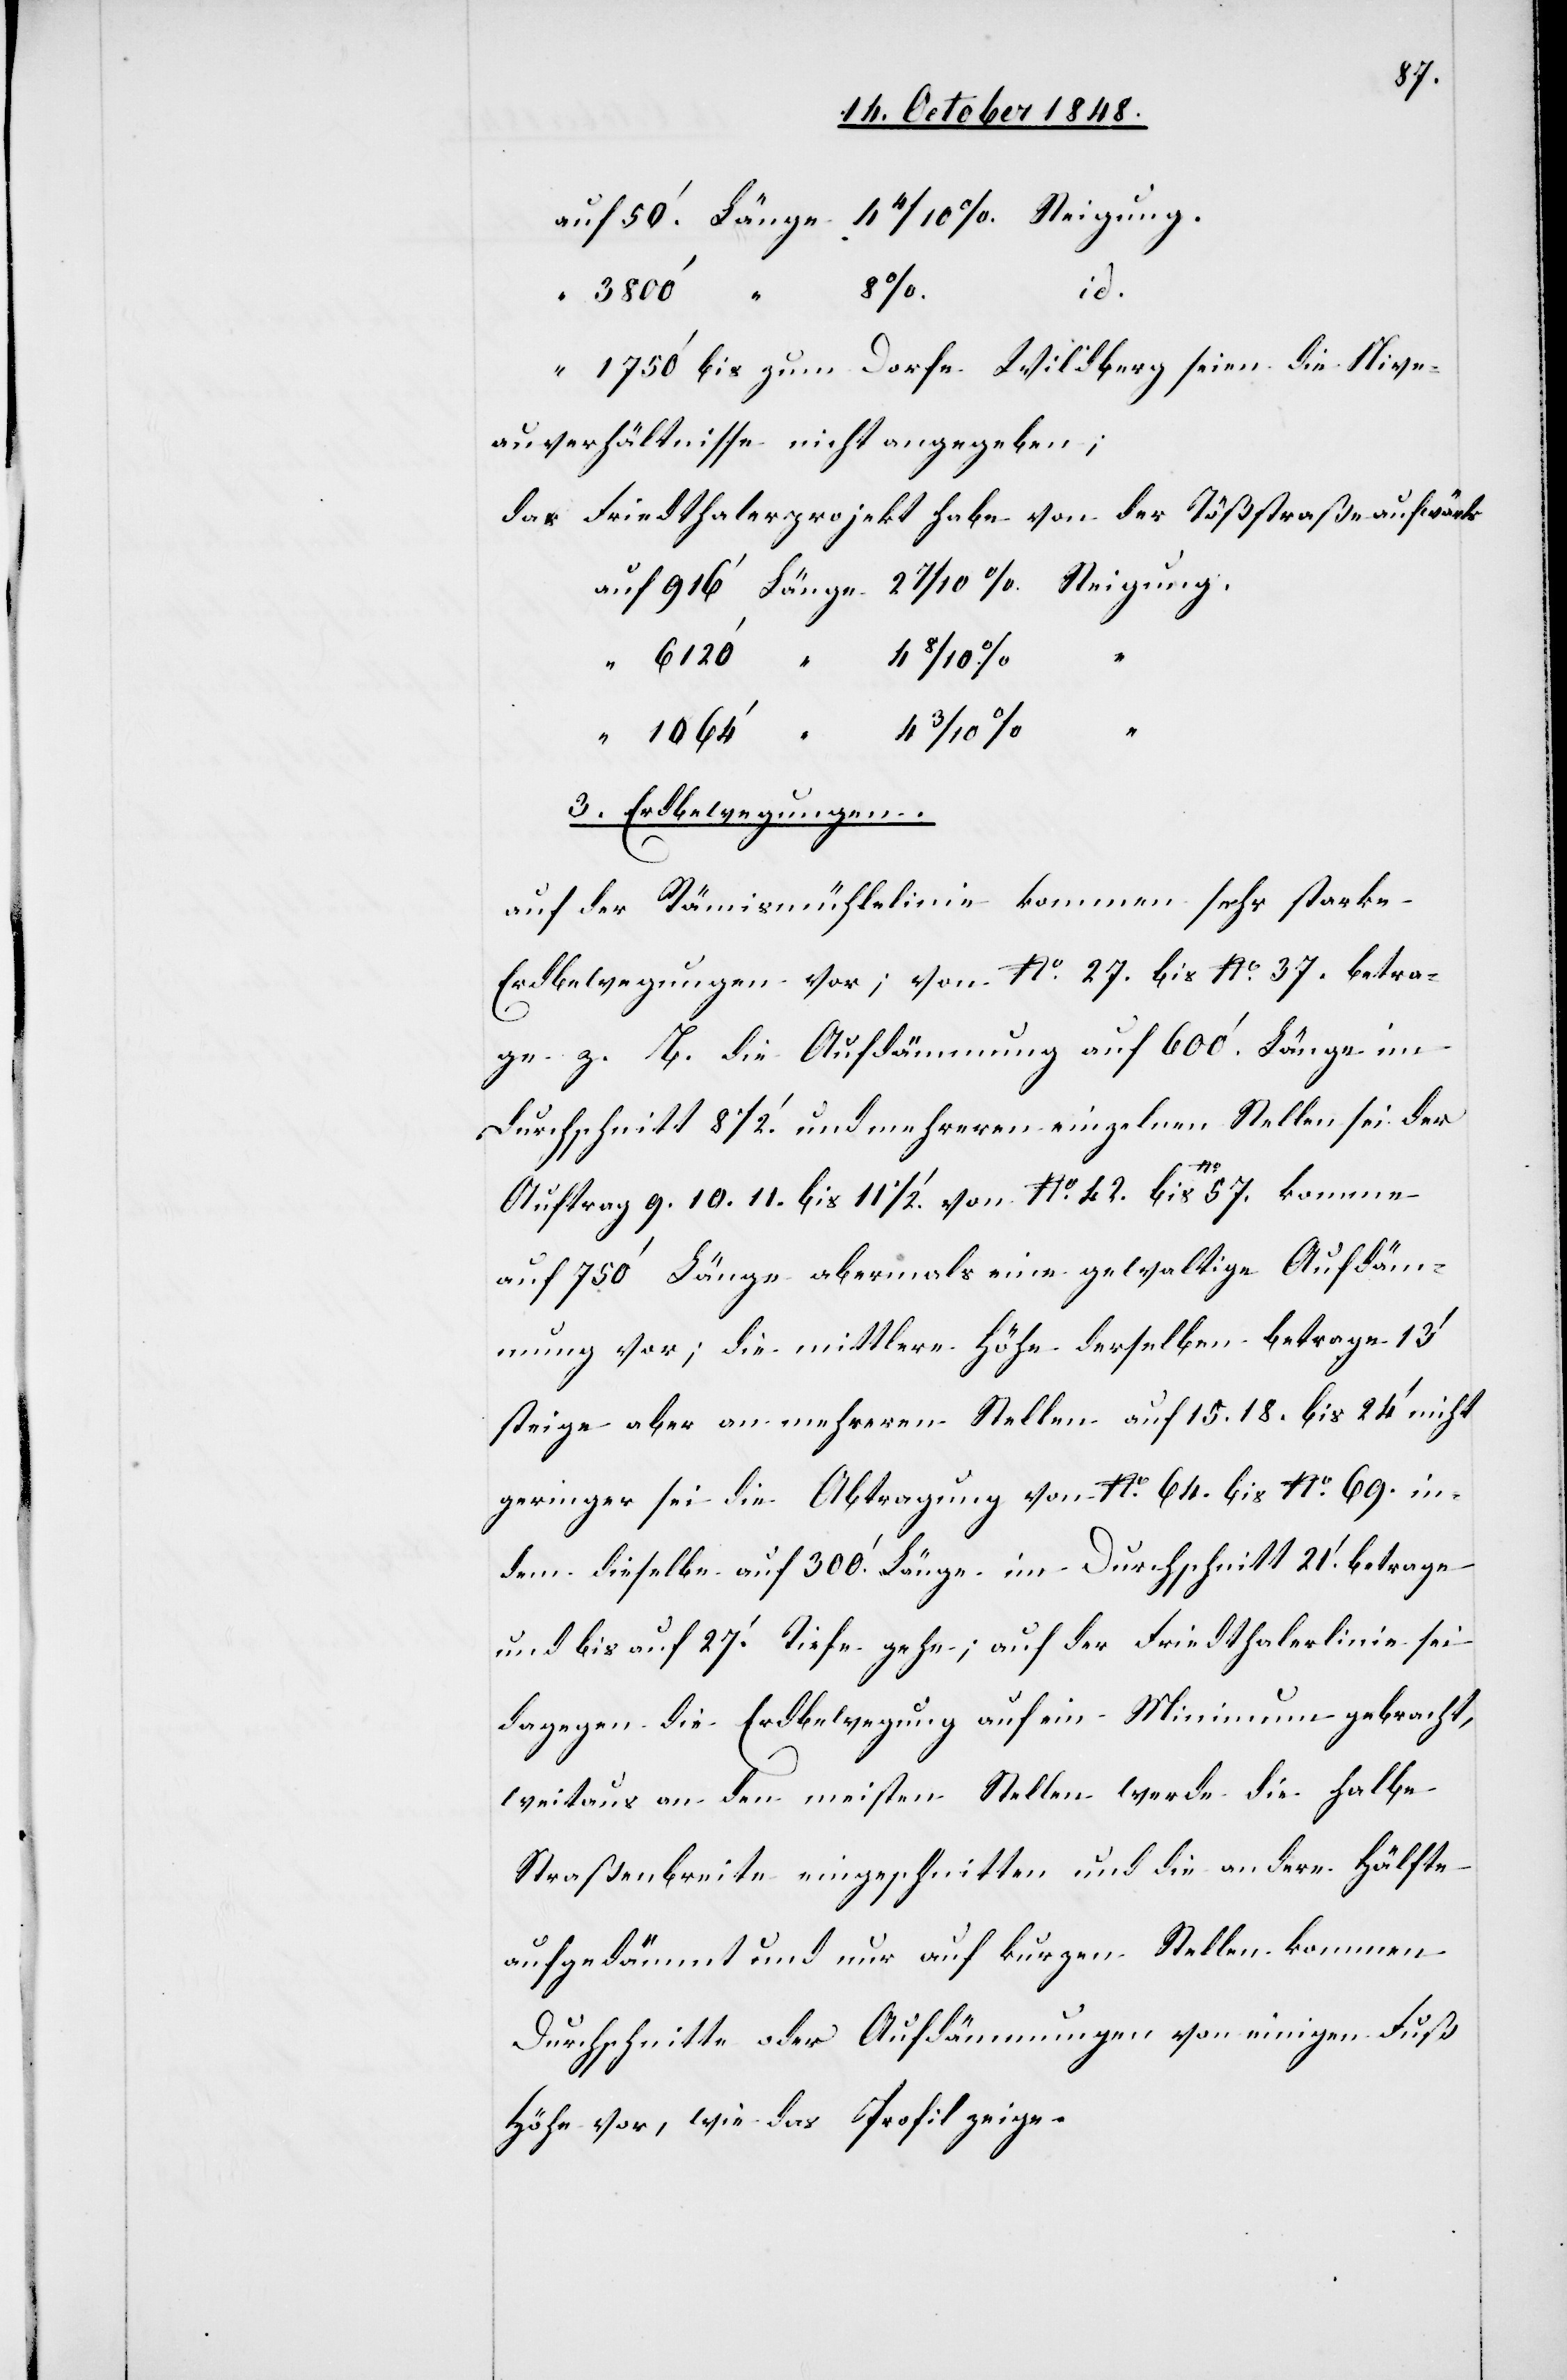
id.
bis zum Dorfe Wildberg seien die Nive¬
auverhältnisse nicht angegeben;
das Friedthalerprojekt habe von der Tößstraße aufwärts
2
3. Erdbewegungen.
auf der Rämismühlelinie kommen sehr starke
Erdbewegungen vor; von No 27. bis No 37. betra¬
ge z. B. die Aufdämmung auf 600’. Länge im
Durchschnitt 8 1/2’ und mehreren einzelnen Stellen sei der
Auftrag 9. 10. 11. bis 11 1/2’ von No 42. bis No 57. komme
auf 750’ Länge abermals eine gewaltige Aufdäm¬
mung vor; die mittlere Höhe derselben betrage 13’
steige aber an mehreren Stellen auf 15. 18. bis 24’ nicht
geringer sei die Abtragung von No 64. bis No 69. in¬
dem dieselbe auf 300’ Länge im Durchschnitt 21’ betrage
und bis auf 27’ Tiefe gehe; auf der Friedthalerlinie sei
dagegen die Erdbewegung auf ein Minimum gebracht,
weitaus an den meisten Stellen werde die halbe
Straßenbreite eingeschnitten und die andere Hälfte
aufgedämmt und nur auf kurzen Stellen kommen
Durchschnitte oder Aufdämmungen von einigen Fuß
Höhe vor, wie das Profil zeige.